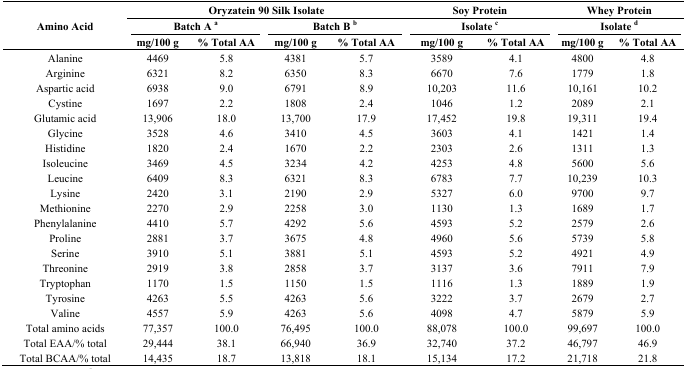
<table><thead><tr><td rowspan="3"><b>Amino Acid</b></td><td colspan="4"><b>Oryzatein 90 Silk Isolate</b></td><td colspan="2"><b>Soy Protein</b></td><td colspan="2"><b>Whey Protein</b></td></tr><tr><td colspan="2"><b>Batch A <sup>a</sup></b></td><td colspan="2"><b>Batch B <sup>b</sup></b></td><td colspan="2"><b>Isolate <sup>c</sup></b></td><td colspan="2"><b>Isolate <sup>d</sup></b></td></tr><tr><td><b>mg/100 g</b></td><td><b>% Total AA</b></td><td><b>mg/100 g</b></td><td><b>% Total AA</b></td><td><b>mg/100 g</b></td><td><b>% Total AA</b></td><td><b>mg/100 g</b></td><td><b>% Total AA</b></td></tr></thead><tbody><tr><td>Alanine</td><td>4469</td><td>5.8</td><td>4381</td><td>5.7</td><td>3589</td><td>4.1</td><td>4800</td><td>4.8</td></tr><tr><td>Arginine</td><td>6321</td><td>8.2</td><td>6350</td><td>8.3</td><td>6670</td><td>7.6</td><td>1779</td><td>1.8</td></tr><tr><td>Aspartic acid</td><td>6938</td><td>9.0</td><td>6791</td><td>8.9</td><td>10,203</td><td>11.6</td><td>10,161</td><td>10.2</td></tr><tr><td>Cystine</td><td>1697</td><td>2.2</td><td>1808</td><td>2.4</td><td>1046</td><td>1.2</td><td>2089</td><td>2.1</td></tr><tr><td>Glutamic acid</td><td>13,906</td><td>18.0</td><td>13,700</td><td>17.9</td><td>17,452</td><td>19.8</td><td>19,311</td><td>19.4</td></tr><tr><td>Glycine</td><td>3528</td><td>4.6</td><td>3410</td><td>4.5</td><td>3603</td><td>4.1</td><td>1421</td><td>1.4</td></tr><tr><td>Histidine</td><td>1820</td><td>2.4</td><td>1670</td><td>2.2</td><td>2303</td><td>2.6</td><td>1311</td><td>1.3</td></tr><tr><td>Isoleucine</td><td>3469</td><td>4.5</td><td>3234</td><td>4.2</td><td>4253</td><td>4.8</td><td>5600</td><td>5.6</td></tr><tr><td>Leucine</td><td>6409</td><td>8.3</td><td>6321</td><td>8.3</td><td>6783</td><td>7.7</td><td>10,239</td><td>10.3</td></tr><tr><td>Lysine</td><td>2420</td><td>3.1</td><td>2190</td><td>2.9</td><td>5327</td><td>6.0</td><td>9700</td><td>9.7</td></tr><tr><td>Methionine</td><td>2270</td><td>2.9</td><td>2258</td><td>3.0</td><td>1130</td><td>1.3</td><td>1689</td><td>1.7</td></tr><tr><td>Phenylalanine</td><td>4410</td><td>5.7</td><td>4292</td><td>5.6</td><td>4593</td><td>5.2</td><td>2579</td><td>2.6</td></tr><tr><td>Proline</td><td>2881</td><td>3.7</td><td>3675</td><td>4.8</td><td>4960</td><td>5.6</td><td>5739</td><td>5.8</td></tr><tr><td>Serine</td><td>3910</td><td>5.1</td><td>3881</td><td>5.1</td><td>4593</td><td>5.2</td><td>4921</td><td>4.9</td></tr><tr><td>Threonine</td><td>2919</td><td>3.8</td><td>2858</td><td>3.7</td><td>3137</td><td>3.6</td><td>7911</td><td>7.9</td></tr><tr><td>Tryptophan</td><td>1170</td><td>1.5</td><td>1150</td><td>1.5</td><td>1116</td><td>1.3</td><td>1889</td><td>1.9</td></tr><tr><td>Tyrosine</td><td>4263</td><td>5.5</td><td>4263</td><td>5.6</td><td>3222</td><td>3.7</td><td>2679</td><td>2.7</td></tr><tr><td>Valine</td><td>4557</td><td>5.9</td><td>4263</td><td>5.6</td><td>4098</td><td>4.7</td><td>5879</td><td>5.9</td></tr><tr><td>Total amino acids</td><td>77,357</td><td>100.0</td><td>76,495</td><td>100.0</td><td>88,078</td><td>100.0</td><td>99,697</td><td>100.0</td></tr><tr><td>Total EAA/% total</td><td>29,444</td><td>38.1</td><td>66,940</td><td>36.9</td><td>32,740</td><td>37.2</td><td>46,797</td><td>46.9</td></tr><tr><td>Total BCAA/% total</td><td>14,435</td><td>18.7</td><td>13,818</td><td>18.1</td><td>15,134</td><td>17.2</td><td>21,718</td><td>21.8</td></tr></tbody></table>